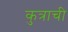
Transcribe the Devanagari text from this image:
कुत्राची